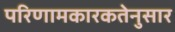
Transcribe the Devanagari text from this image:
परिणामकारकतेनुसार